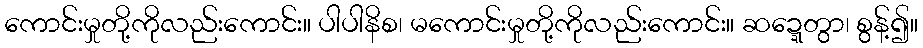
ကောင်းမှုတို့ကိုလည်းကောင်း။ ပါပါနိစ၊ မကောင်းမှုတို့ကိုလည်းကောင်း။ ဆဍ္ဍေတွာ၊ စွန့်၍။